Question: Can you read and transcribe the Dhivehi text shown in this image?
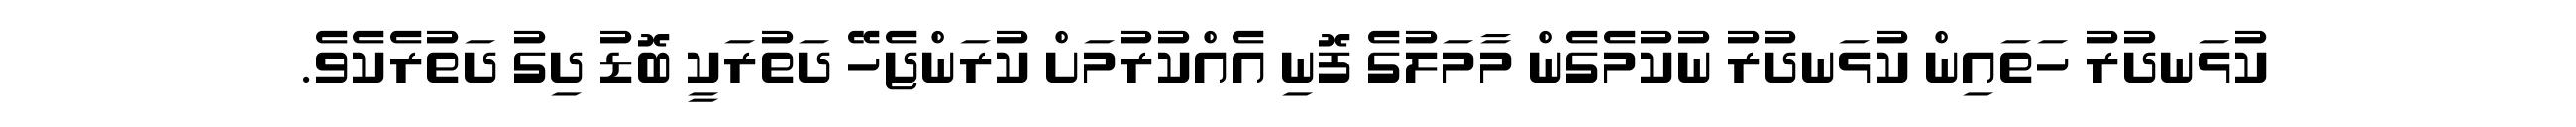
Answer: ކުޅަނދުރު ހަތައިން ކުޅަނދުރު ނުކުމެގެން މާމަލުގެ ފޮނި އެއްކުރުމަށް ކުރަންޖެހޭ ދަތުރަކީ ބޮޑު ދިގު ދަތުރެކެވެ.